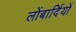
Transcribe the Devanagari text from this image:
लोंबार्दियों